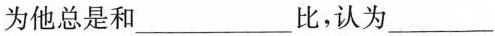
为他总是和___比，认为___